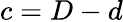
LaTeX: c=D-d